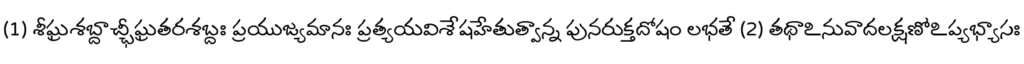
(1) శీఘ్రశబ్దాచ్ఛీఘ్రతరశబ్దః ప్రయుజ్యమానః ప్రత్యయవిశేషహేతుత్వాన్న పునరుక్తదోషం లభతే (2) తథాఽనువాదలక్షణోఽప్యభ్యాసః